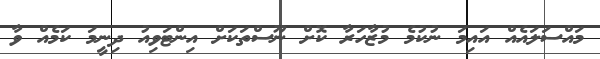
މައްސަލައެއް އައިމަ ނުކުމެ މުޒާހަރާ ކޮށް ނޫސްތަކަށް އިންޓަވިއު ދިިނީމަ ކަމެއް ވާ